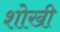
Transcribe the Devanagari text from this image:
शोखी